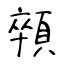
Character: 顇